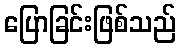
ပြောခြင်းဖြစ်သည်